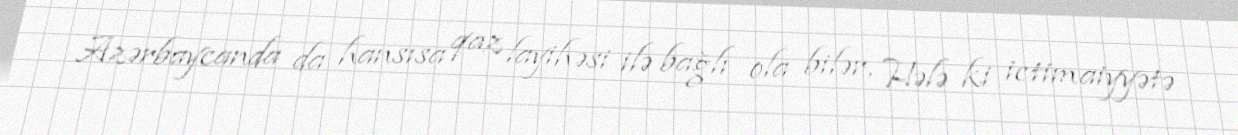
Azərbaycanda da hansısa qaz layihəsi ilə bağlı ola bilər, Hələ ki ictimaiyyətə